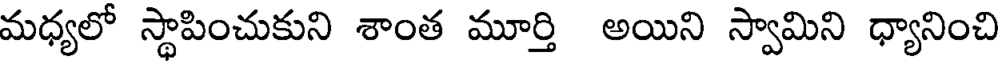
మధ్యలో స్థాపించుకుని శాంత మూర్తి అయిని స్వామిని ధ్యానించి